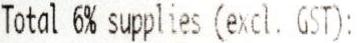
TOTAL 6% SUPPLIES (EXCL. GST):